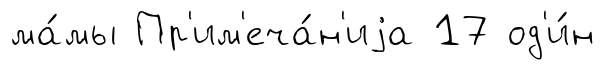
ма́мы Пр'им'еча́н'иjа 17 од'и́н